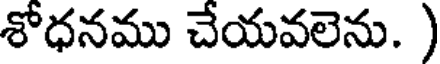
శోధనము చేయవలెను. )